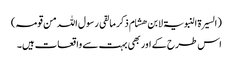
(السیرۃ النبویۃ لابن ھشام ذکر ما لقی رسول اللہ من قومہ)
اس طرح کے اور بھی بہت سے واقعات ہیں۔